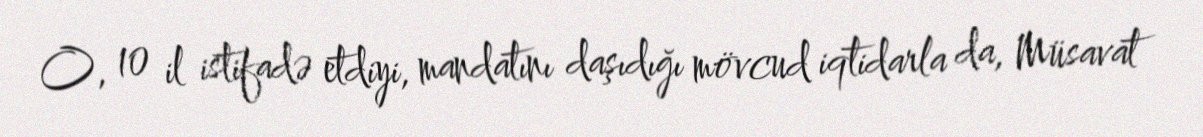
O, 10 il istifadə etdiyi, mandatını daşıdığı mövcud iqtidarla da, Müsavat